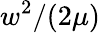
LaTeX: w^{2}/(2\mu)